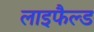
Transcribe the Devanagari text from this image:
लाइफैल्ड